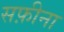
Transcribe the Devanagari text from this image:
सफ़ीना